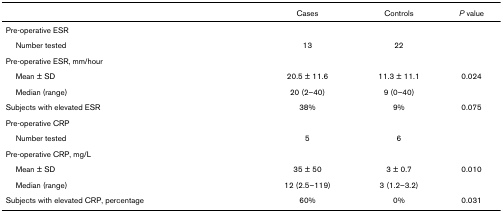
|  | Cases | Controls | P value |
 | --- | --- | --- | --- |
 | Pre-operative ESR |  |  |  |
 | Number tested | 13 | 22 |  |
 | Pre-operative ESR, mm/hour |  |  |  |
 | Mean ± SD | 20.5 ± 11.6 | 11.3 ± 11.1 | 0.024 |
 | Median (range) | 20 (2–40) | 9 (0–40) |  |
 | Subjects with elevated ESR | 38% | 9% | 0.075 |
 | Pre-operative CRP |  |  |  |
 | Number tested | 5 | 6 |  |
 | Pre-operative CRP, mg/L |  |  |  |
 | Mean ± SD | 35 ± 50 | 3 ± 0.7 | 0.010 |
 | Median (range) | 12 (2.5–119) | 3 (1.2–3.2) |  |
 | Subjects with elevated CRP, percentage | 60% | 0% | 0.031 |